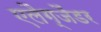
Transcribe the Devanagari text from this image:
एलैग्जैंडर